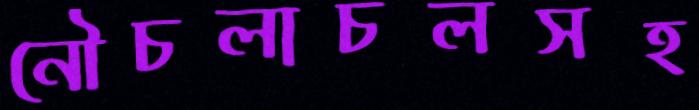
নৌচলাচলসহ